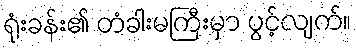
ရုံးခန်း၏ တံခါးမကြီးမှာ ပွင့်လျက်။